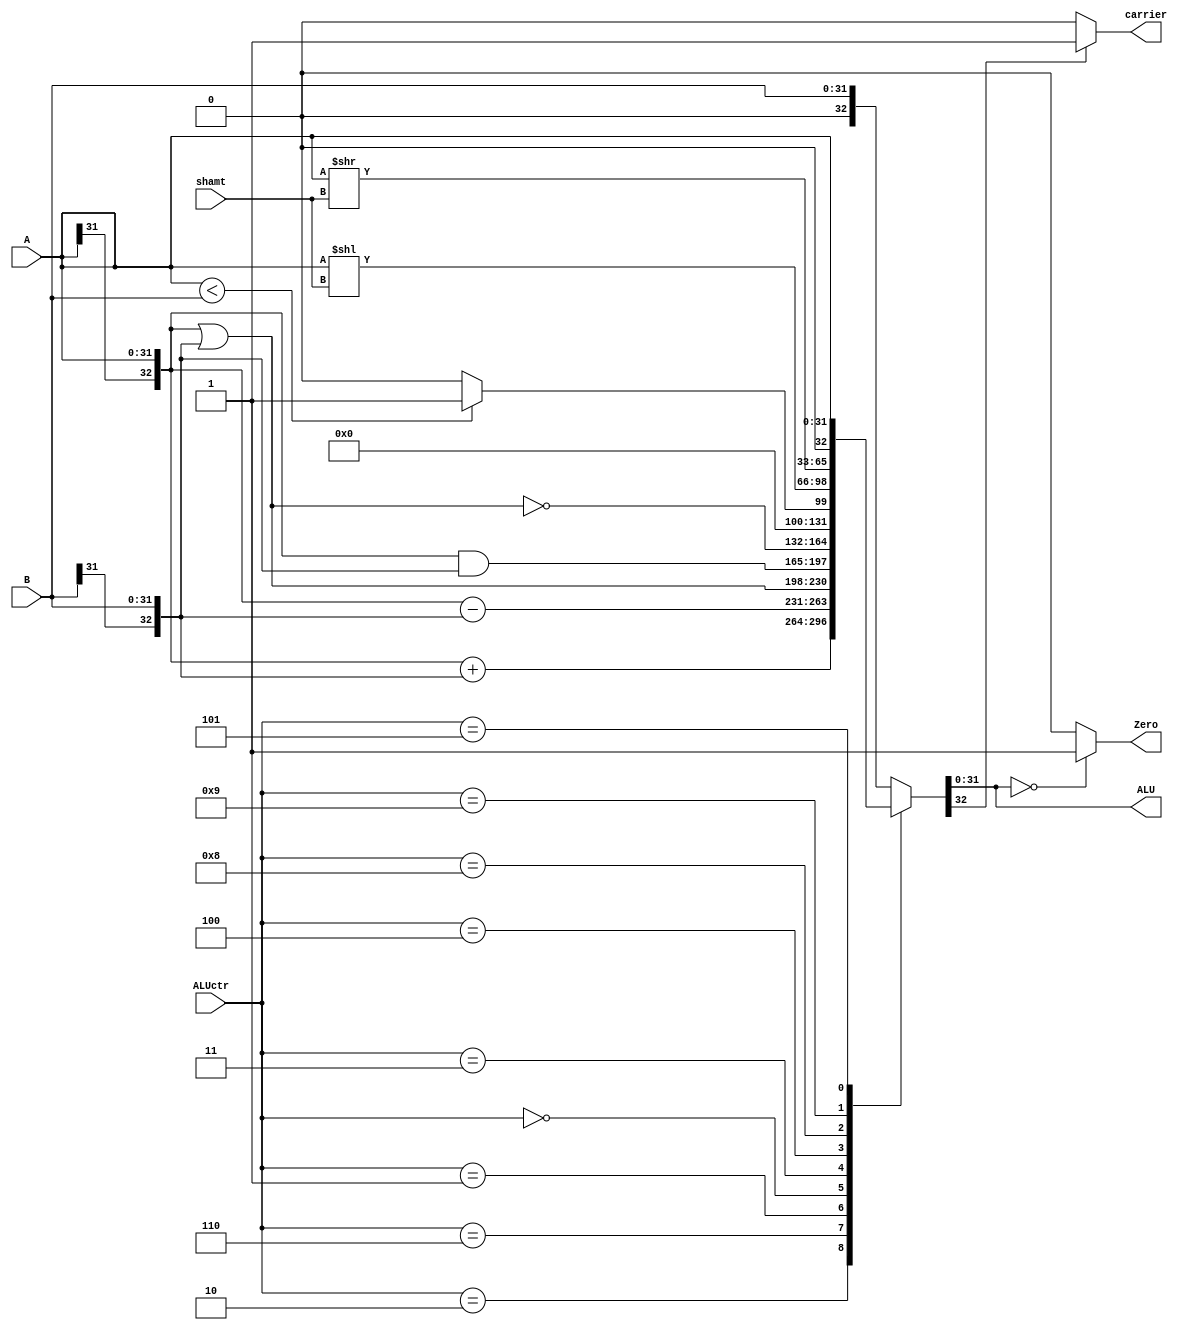
module alu(
    A, B, ALUctr, shamt,
    ALU, Zero, carrier
);

input   [31:0]          A;                  // the 1st input data
input   [31:0]          B;                  // the 2nd input data
input   [3:0]           ALUctr;       
input   [4:0] shamt;        
output  [31:0]          ALU;                  // calculation result 
output                  carrier;   
output                  Zero;            

reg     [32:0]          tmp; 

assign  ALU = tmp[31:0] ;
assign  carrier = (tmp[32]==1) ? 1 : 0 ;
assign  Zero = (tmp[31:0]==0) ? 1 : 0 ;

always  @( * )
	case (ALUctr)
	
		4'b0010 : tmp = {A[31], A} + {B[31], B} ;// add
		4'b0110 : tmp = {A[31], A} - {B[31], B};// sub
		4'b0001 : tmp = {A[31], A} | {B[31], B}; // or
		4'b0000 : tmp = {A[31], A} & {B[31], B};// and
		4'b0011 : tmp = ~({A[31], A} | {B[31], B}); // nor
		4'b0100 : tmp = (A<B)? 1:0; //TODO
		4'b1000 : tmp = {0,A} << shamt;
		4'b1001 : tmp = {0,A} >> shamt;
		4'b0101 : tmp = {1'b0,A};
		4'b0111 : tmp = {1'b0,B}; // 选择B
		default : tmp = B;

	endcase


endmodule